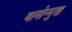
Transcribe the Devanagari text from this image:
वामोन्मुख